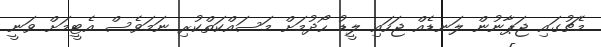
މެޗުގައި ޖަޕާނުން ލަނޑެއް ޖަހައި ލީޑު ހޯދުމަށް މަސައްކަތްކުރި ނަމަވެސް އެޓީމަށް ވަނީ